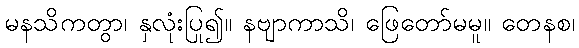
မနသိကတွာ၊ နှလုံးပြု၍။ နဗျာကာသိ၊ ဖြေတော်မမူ။ တေနစ၊